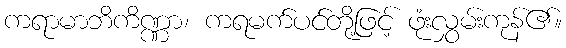
ကရာမာဘိကိဏ္ဏာ၊ ကရမက်ပင်တို့ဖြင့် ဖုံးလွှမ်းကုန်၏။